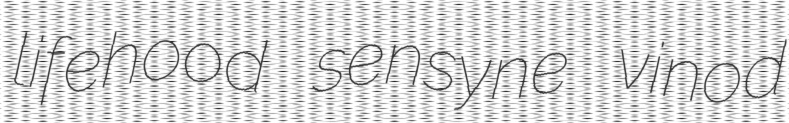
lifehood sensyne vinod